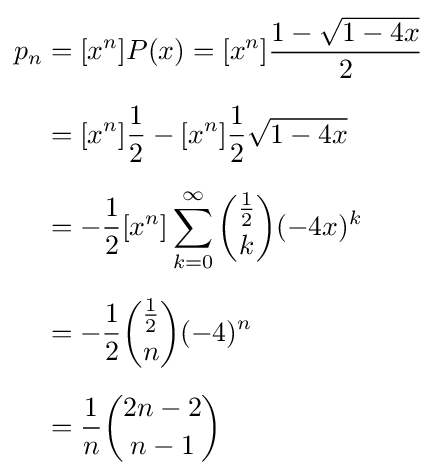
{\begin{aligned}p_{n}&=[x^{n}]P(x)=[x^{n}]{\frac {1-{\sqrt {1-4x}}}{2}}\\[6pt]&=[x^{n}]{\frac {1}{2}}-[x^{n}]{\frac {1}{2}}{\sqrt {1-4x}}\\[6pt]&=-{\frac {1}{2}}[x^{n}]\sum _{k=0}^{\infty }{{\frac {1}{2}} \choose k}(-4x)^{k}\\[6pt]&=-{\frac {1}{2}}{{\frac {1}{2}} \choose n}(-4)^{n}\\[6pt]&={\frac {1}{n}}{2n-2 \choose n-1}\end{aligned}}